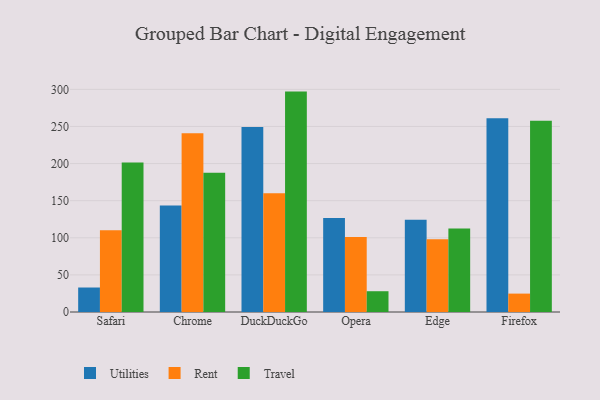
{"axis": {"x": "Browser", "y": "Backlog"}, "legend": ["Rent", "Travel", "Utilities"], "data": [{"x": "Safari", "y": 33.0, "type": "Utilities"}, {"x": "Safari", "y": 110.1, "type": "Rent"}, {"x": "Safari", "y": 201.3, "type": "Travel"}, {"x": "Chrome", "y": 143.5, "type": "Utilities"}, {"x": "Chrome", "y": 241.0, "type": "Rent"}, {"x": "Chrome", "y": 187.8, "type": "Travel"}, {"x": "DuckDuckGo", "y": 249.3, "type": "Utilities"}, {"x": "DuckDuckGo", "y": 160.1, "type": "Rent"}, {"x": "DuckDuckGo", "y": 297.0, "type": "Travel"}, {"x": "Opera", "y": 126.6, "type": "Utilities"}, {"x": "Opera", "y": 101.0, "type": "Rent"}, {"x": "Opera", "y": 28.0, "type": "Travel"}, {"x": "Edge", "y": 124.2, "type": "Utilities"}, {"x": "Edge", "y": 97.9, "type": "Rent"}, {"x": "Edge", "y": 112.4, "type": "Travel"}, {"x": "Firefox", "y": 261.2, "type": "Utilities"}, {"x": "Firefox", "y": 24.8, "type": "Rent"}, {"x": "Firefox", "y": 257.7, "type": "Travel"}]}